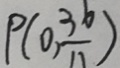
P ( 0 , \frac { 3 6 } { 1 1 } )